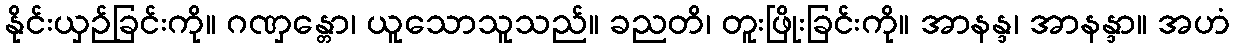
နိုင်းယှဉ်ခြင်းကို။ ဂဏှန္တော၊ ယူသောသူသည်။ ခညတိ၊ တူးဖြိုးခြင်းကို။ အာနန္ဒ၊ အာနန္ဒာ။ အဟံ